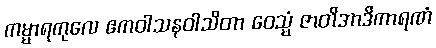
ကမ္မာရကုလေ ဧကဝါသနဝါသိတာ ဝေသ္မံ ဇာတိအာဒိကာရဏံ